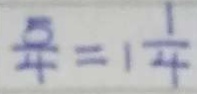
\frac { 5 } { 4 } = 1 \frac { 1 } { 4 }